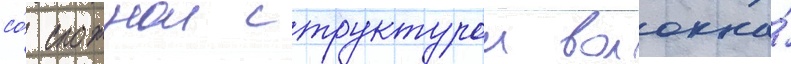
со́ сложнои структурои волокна́